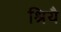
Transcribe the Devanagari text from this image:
श्रियै